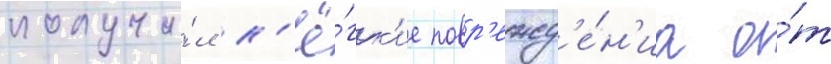
получи́л л'ё́гк'ие повр'ежд'е́н'иа о́т